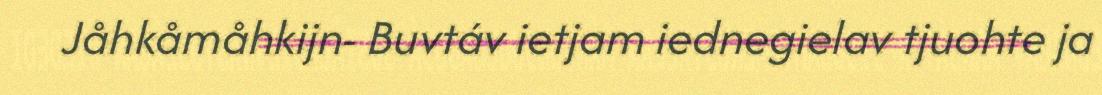
Jåhkåmåhkijn- Buvtáv ietjam iednegielav tjuohte ja